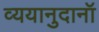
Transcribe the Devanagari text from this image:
व्ययानुदानॉ